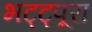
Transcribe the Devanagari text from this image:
भट्ट्पूरा